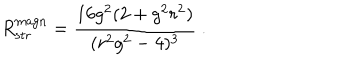
R _ { \mathrm { s t r } } ^ { \mathrm { m a g n } } = { \frac { 1 6 g ^ { 2 } ( 2 + g ^ { 2 } r ^ { 2 } ) } { ( r ^ { 2 } g ^ { 2 } - 4 ) ^ { 3 } } } \ .